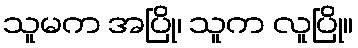
သူမက အပြို၊ သူက လူပြို။